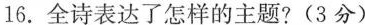
16.全诗表达了怎样的主题?(3分)